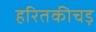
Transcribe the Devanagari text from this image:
हरितकीचड़